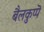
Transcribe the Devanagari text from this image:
बैलकुप्पॆ